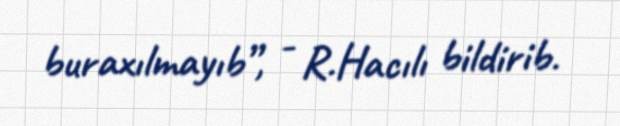
buraxılmayıb”, - R.Hacılı bildirib.